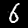
Digit: 6